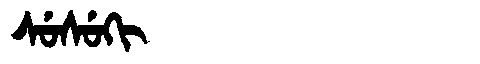
Manchu: ᠰᡠᠰᡠᡴᡳ
Romanization: SUSUKI